Report on the lunatic asylums under the Government of Bombay - 1904-1913
Year: 1904
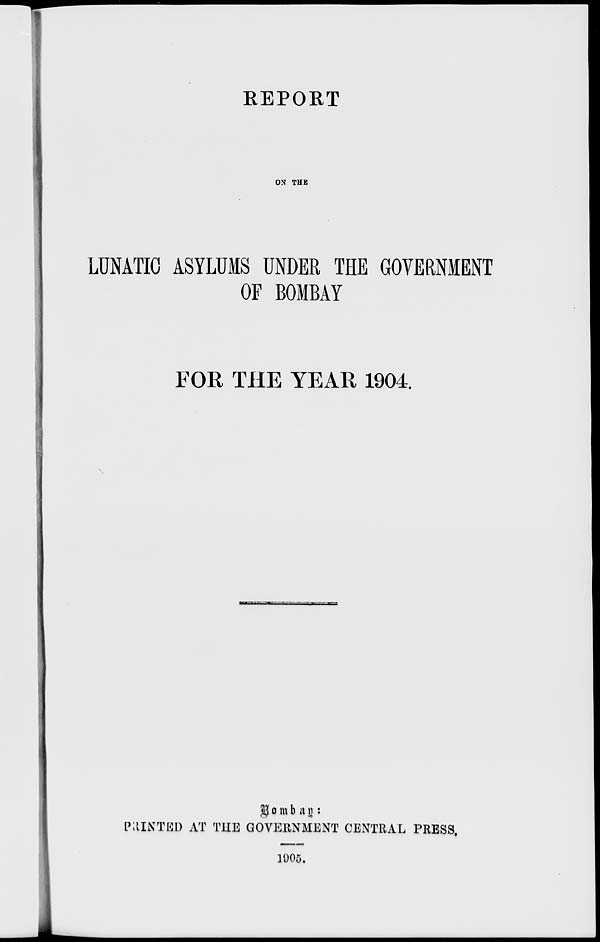
REPORT
ON THE
LUNATIC ASYLUMS UNDER THE GOVERNMENT
OF BOMBAY
FOR THE YEAR 1904.
Bombay:
PRINTED AT THE GOVERNMENT CENTRAL PRESS.
1905.